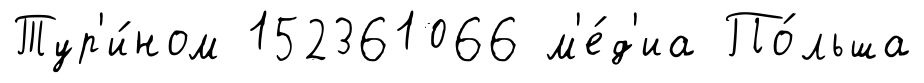
Тур'и́ном 152361066 м'е́д'иа По́льша